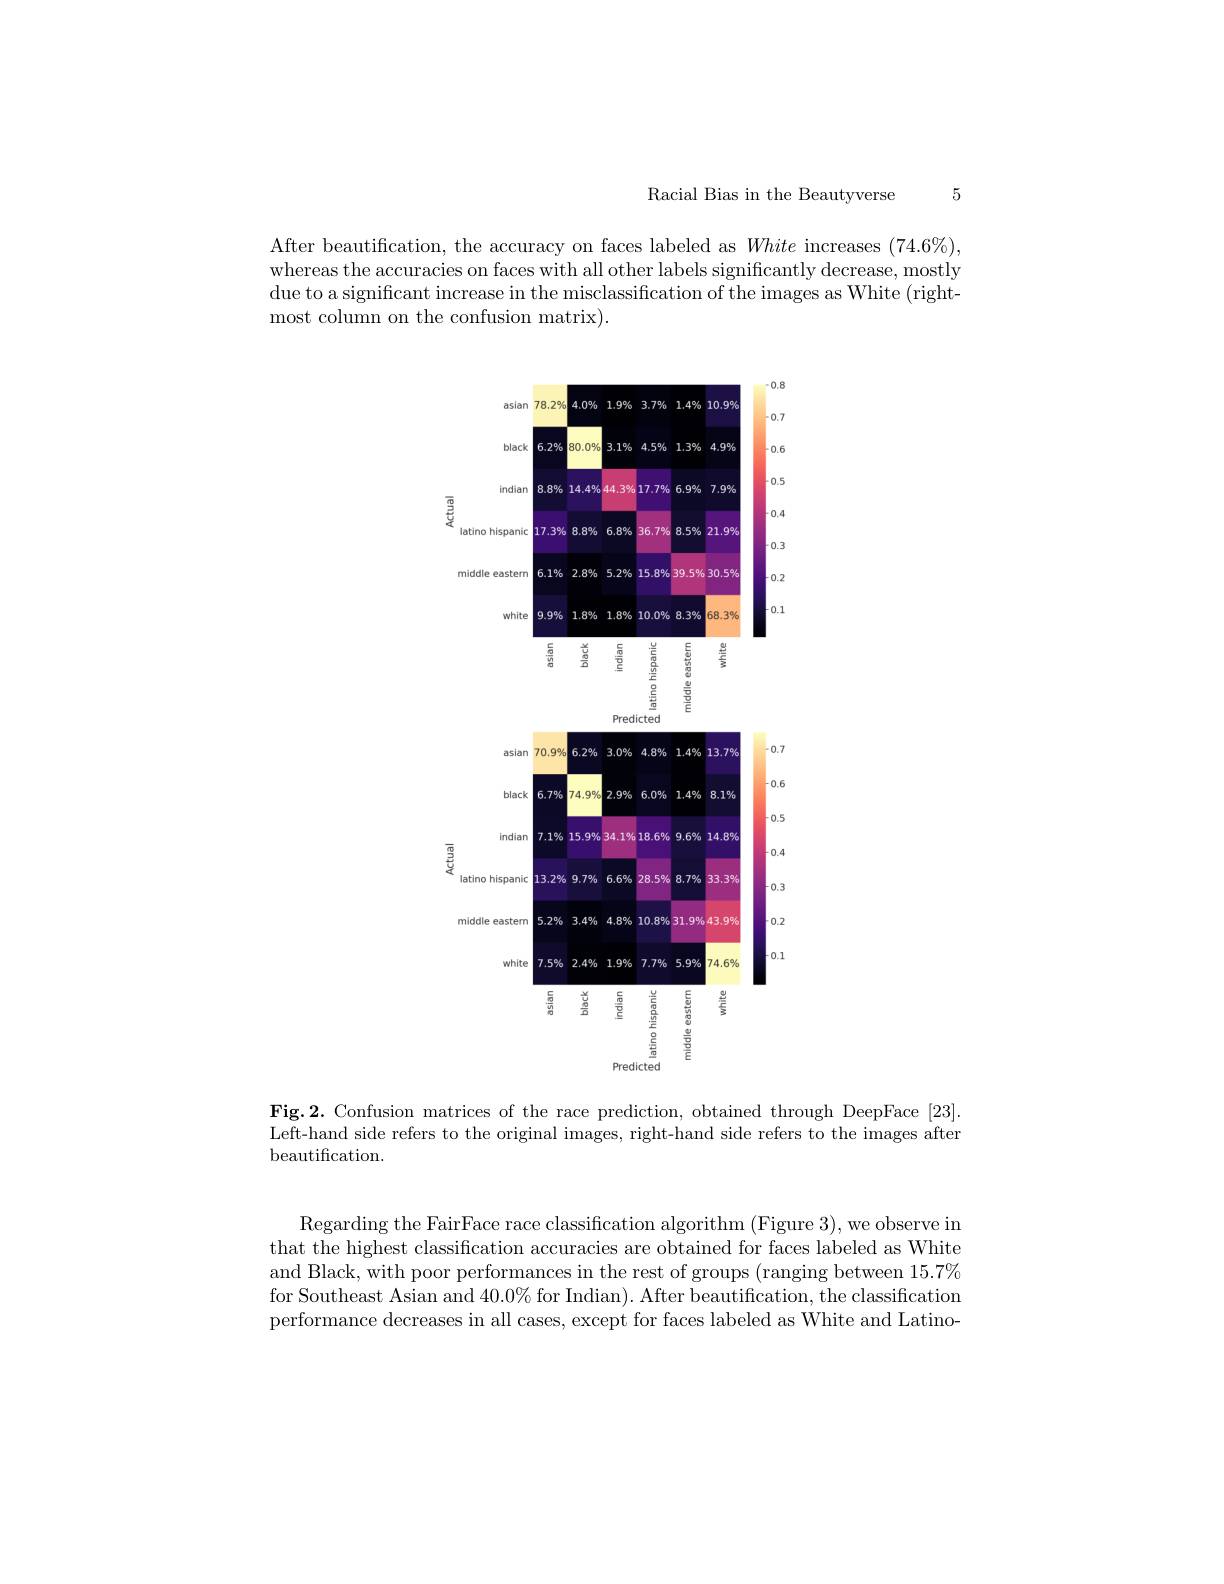
Racial Bias in the Beautyverse 5

After beautification, the accuracy on faces labeled as White increases $(74.6\%)$, whereas the accuracies on faces with all other labels significantly decrease, mostly due to a significant increase in the misclassification of the images as White (right-) most column on the confusion matrix)

<FigureHere>

Fig.2. Confusion matrices of the race prediction, obtained through DeepFace [23] Left-hand side refers to the original images, right-hand side refers to the images after beautification.

Regarding the FairFace race classification algorithm ( Figure 3) , we observe in that the highest classification accuracies are obtained for faces labeled as White and Black, with poor performances in the rest of groups (ranging between $15.7\%$ for Southeast Asian and $40.0\%$ for Indian). After beautification, the classification performance decreases in all cases, except for faces labeled as White and Latino-